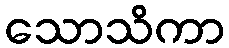
သောသိကာ